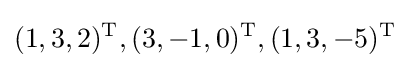
(1,3,2)^{\text{T}},(3,-1,0)^{\text{T}},(1,3,-5)^{\text{T}}